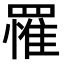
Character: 罹